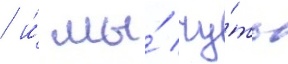
/ и́ мы́ чу́ть